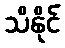
သိနိုင်